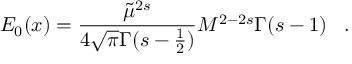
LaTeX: E _ { 0 } ( x ) = \frac { \tilde { \mu } ^ { 2 s } } { 4 \sqrt { \pi } \Gamma ( s - \frac 1 2 ) } M ^ { 2 - 2 s } \Gamma ( s - 1 ) \, \ \ .